Annual report on the Civil Veterinary Department, Burma (including the Insein Veterinary School) - 1932-1941
Year: 1932
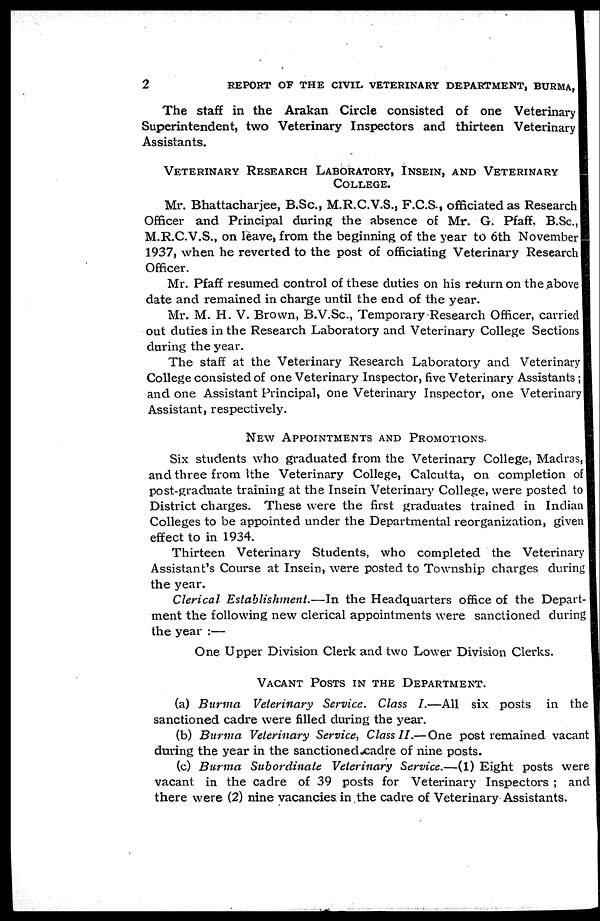
2
REPORT OF THE CIVIL VETERINARY DEPARTMENT, BURMA,
The staff in the Arakan Circle consisted of one Veterinary
Superintendent, two Veterinary Inspectors and thirteen Veterinary
Assistants.
VETERINARY RESEARCH LABORATORY, INSEIN, AND VETERINARY
COLLEGE.
Mr. Bhattacharjee, B.Sc., M.R.C.V.S., F.C.S., officiated as Research
Officer and Principal during the absence of Mr. G. Pfaff. B.Sc.,
M.R.C.V.S., on leave, from the beginning of the year to 6th November
1937, when he reverted to the post of officiating Veterinary Research
Officer.
Mr. Pfaff resumed control of these duties on his return on the above
date and remained in charge until the end of the year.
Mr. M. H. V. Brown, B.V.Sc., Temporary Research Officer, carried
out duties in the Research Laboratory and Veterinary College Sections
during the year.
The staff at the Veterinary Research Laboratory and Veterinary
College consisted of one Veterinary Inspector, five Veterinary Assistants ;
and one Assistant Principal, one Veterinary Inspector, one Veterinary
Assistant, respectively.
NEW APPOINTMENTS AND PROMOTIONS.
Six students who graduated from the Veterinary College, Madras,
and three from the Veterinary College, Calcutta, on completion of
post-graduate training at the Insein Veterinary College, were posted to
District charges. These were the first graduates trained in Indian
Colleges to be appointed under the Departmental reorganization, given
effect to in 1934.
Thirteen Veterinary Students, who completed the Veterinary
Assistant's Course at Insein, were posted to Township charges during
the year.
Clerical Establishment.—In the Headquarters office of the Depart-
ment the following new clerical appointments were sanctioned during
the year :—
One Upper Division Clerk and two Lower Division Clerks.
VACANT POSTS IN THE DEPARTMENT.
(a) Burma Veterinary Service. Class I.—All six posts in the
sanctioned cadre were filled during the year.
(b) Burma Veterinary Service, Class II.—One post remained vacant
during the year in the sanctioned cadre of nine posts.
(c) Burma Subordinate Veterinary Service.—(1) Eight posts were
vacant in the cadre of 39 posts for Veterinary Inspectors ; and
there were (2) nine vacancies in the cadre of Veterinary Assistants.